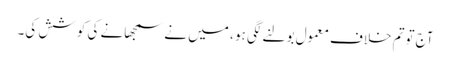
آج توتم خلاف معمول بولنے لگی ہو ، میں نے سمجھانے کی کوشش کی۔